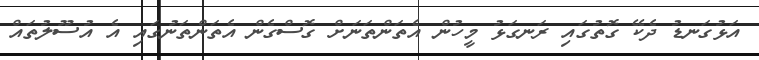
އަޅުގަނޑު ދެކޭ ގޮތުގައި ރަނގަޅު މީހުން އެތަންތަނަށް ގޮސްގެން އެތަންތަނުގައި އެ އުސޫލުތައް